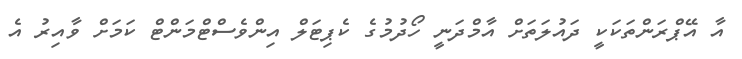
އާ އޭޕްރަންތަކަކީ ދައުލަތަށް އާމްދަނީ ހޯދުމުގެ ކެޕިޓަލް އިންވެސްޓްމަންޓް ކަމަށް ވާއިރު އެ